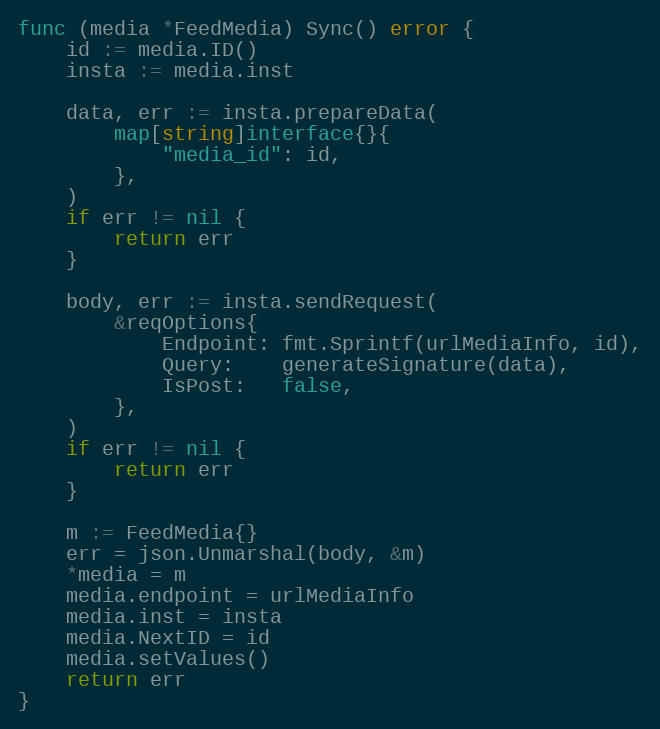
Language: Go
func (media *FeedMedia) Sync() error {
	id := media.ID()
	insta := media.inst

	data, err := insta.prepareData(
		map[string]interface{}{
			"media_id": id,
		},
	)
	if err != nil {
		return err
	}

	body, err := insta.sendRequest(
		&reqOptions{
			Endpoint: fmt.Sprintf(urlMediaInfo, id),
			Query:    generateSignature(data),
			IsPost:   false,
		},
	)
	if err != nil {
		return err
	}

	m := FeedMedia{}
	err = json.Unmarshal(body, &m)
	*media = m
	media.endpoint = urlMediaInfo
	media.inst = insta
	media.NextID = id
	media.setValues()
	return err
}